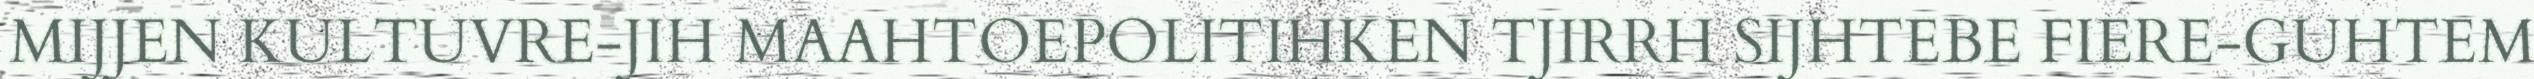
MIJJEN KULTUVRE-JIH MAAHTOEPOLITIHKEN TJIRRH SIJHTEBE FIERE-GUHTEM